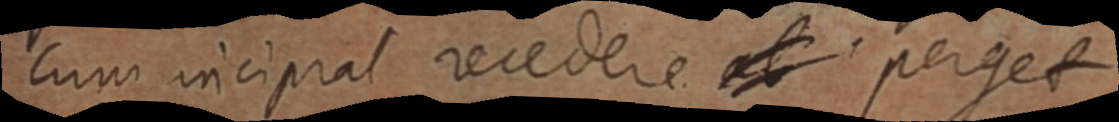
Cum incipiat recedere ab perget